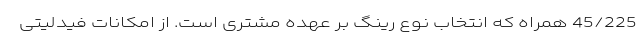
45/225 همراه که انتخاب نوع رینگ بر عهده مشتری است. از امکانات فیدلیتی